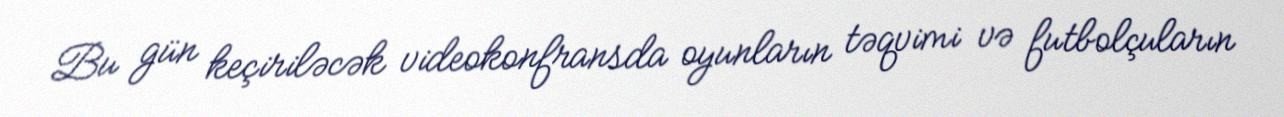
Bu gün keçiriləcək videokonfransda oyunların təqvimi və futbolçuların